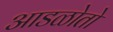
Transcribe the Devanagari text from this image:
आडळोतो